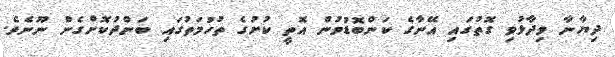
ދިޔާނާ ވިދާޅުވި ގޮތުގައި އޭނާގެ ކަންބޮޑުވުން އޮތީ ކުށުގެ ތުހުމަތުގައި ބަންދުކޮށްގެން ނޫނެވެ.